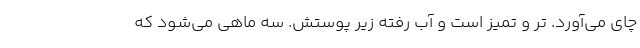
چای می‌آورد. تر و تمیز است و آب رفته زیر پوستش. سه ماهی می‌شود که